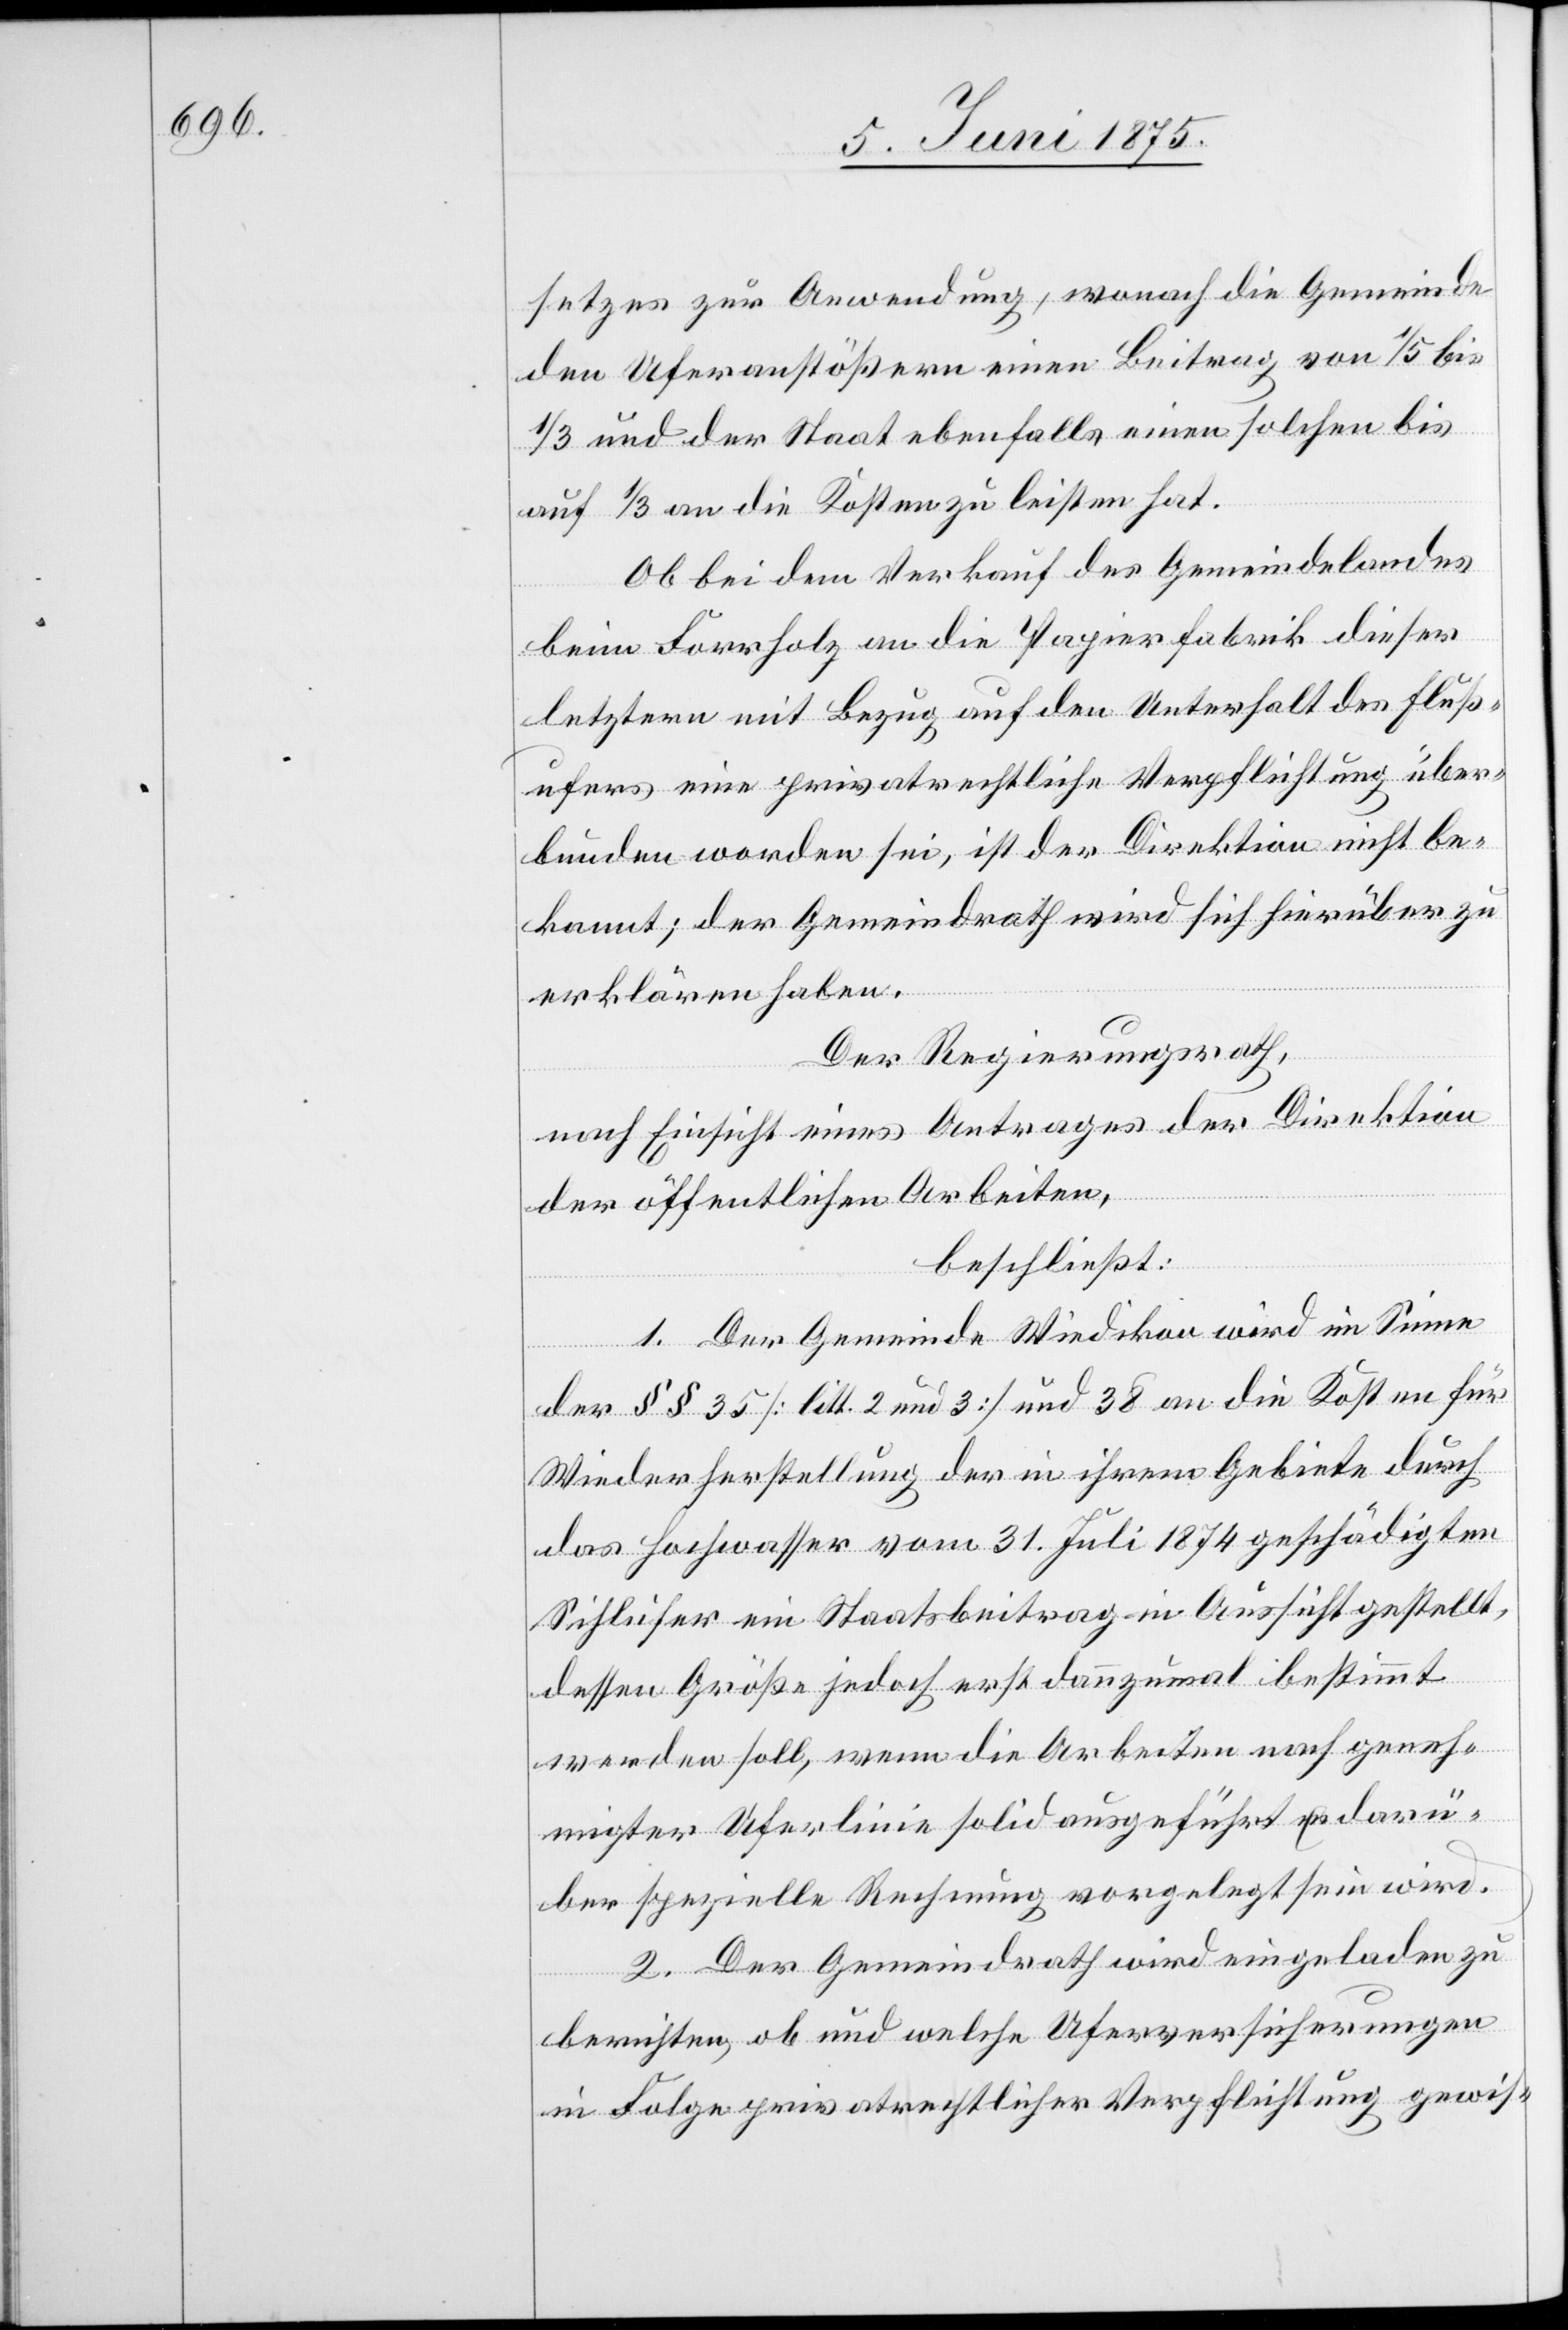
gesetzes zu Anwendung, wonach die Gemeinde
den Uferanstößern einen Beitrag von 1/5 bis
1/3 und der Staat ebenfalls einen solchen bis
auf 1/3 an die Kosten zu leisten hat.
Ob bei dem Verkauf des Gemeindelandes
beim Forrholz an die Papierfabrik dieser
letztere mit Bezug auf den Unterhalt des Fluß¬
ufers eine privatrechtliche Verpflichtung über¬
bunden worden sei, ist der Direktion nicht be¬
kannt; der Gemeindrath wird sich hierüber zu
erklären haben.
Der Regierungsrath,
nach Einsicht eines Antrages der Direktion
der öffentlichen Arbeiten,
beschließt:
1. Der Gemeinde Wiedikon wird im Sinne
der §§ 35 [litt. 2 und 3] und 38 an die Kosten für
Wiederherstellung der in ihrem Gebiete durch
das Hochwasser vom 31. Juli 1874 geschädigten
Sihlufer ein Staatsbeitrag in Aussicht gestellt,
dessen Größe jedoch erst dannzumal bestimmt
werden soll, wenn die Arbeiten nach geneh¬
migter Uferlinie solid ausgeführt & darü¬
ber spezielle Rechnung vorgelegt sein wird.
2. Der Gemeindrath wird eingeladen zu
berichten, ob und welche Uferversicherungen
in Folge privatrechtlicher Verpflichtung gewis-